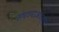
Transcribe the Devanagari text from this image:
संघटनाअंतर्गत